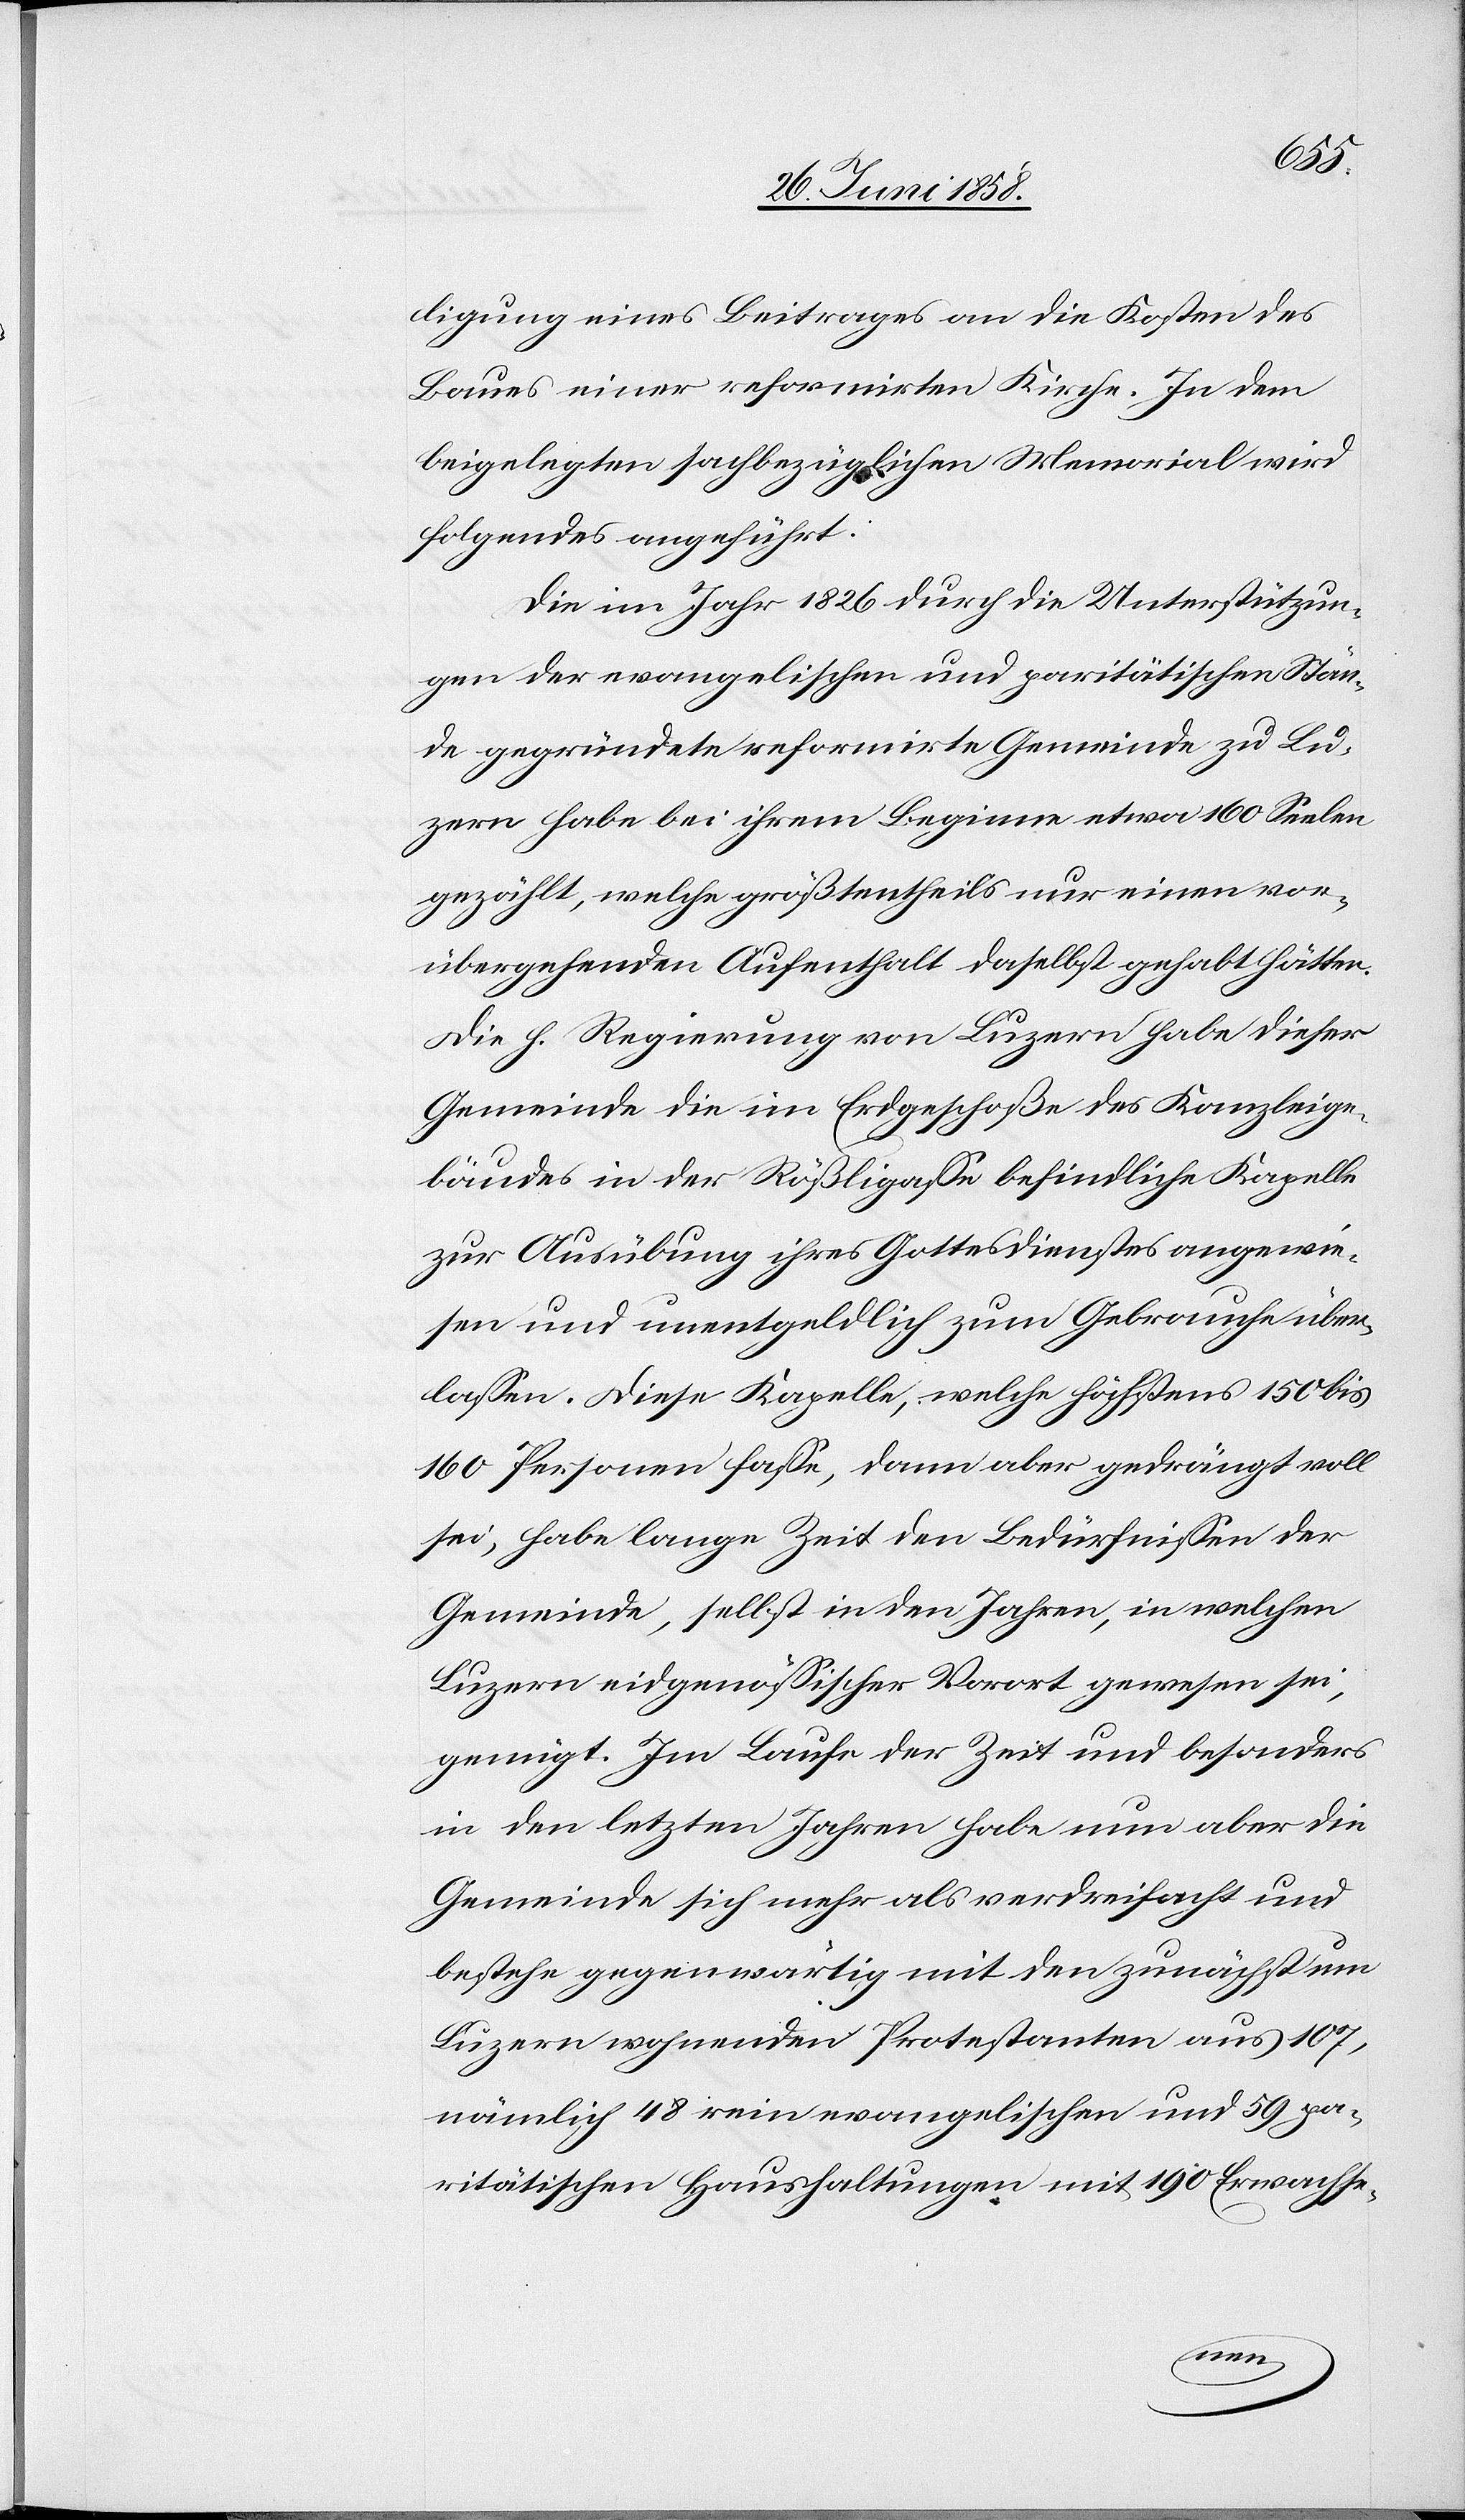
ligung eines Beitrages an die Kosten des
Baues einer reformirten Kirche. In dem
beigelegten sachbezüglichen Memorial wird
folgendes angeführt:
Die im Jahr 1826 durch die Unterstützun¬
gen der evangelischen und paritätischen Stän¬
de gegründete reformirte Gemeinde zu Lu¬
zern habe bei ihrem Beginne etwa 160 Seelen
gezählt, welche größtentheils nur einen vor¬
übergehenden Aufenthalt daselbst gehabt hätten.
Die h. Regierung von Luzern habe dieser
Gemeinde die im Erdgeschoße des Kanzleige¬
bäudes in der Rößligasse befindliche Kapelle
zur Ausübung ihres Gottesdienstes angewie¬
sen und unentgeldlich zum Gebrauche über¬
lassen. Diese Kapelle, welche höchstens 150 bis
160 Personen fasse, dann aber gedrängt voll
sei, habe lange Zeit den Bedürfnissen der
Gemeinde, selbst in den Jahren, in welchen
Luzern eidgenössischer Vorort gewesen sei,
genügt. Im Laufe der Zeit und besonders
in den letzten Jahren habe nun aber die
Gemeinde sich mehr als verdreifacht und
bestehe gegenwärtig mit den zunächst um
Luzern wohnenden Protestanten aus 107,
nämlich 48 rein evangelischen und 59 pa¬
ritätischen Haushaltungen mit 190 Erwachse-